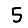
Digit: 5